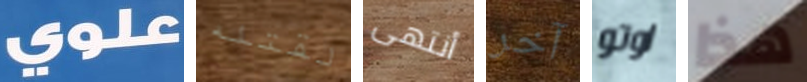
علوي لقتله أنتهى آخر اوتو هذا